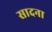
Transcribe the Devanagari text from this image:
सादना